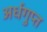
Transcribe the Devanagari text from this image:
अर्धगुप्त